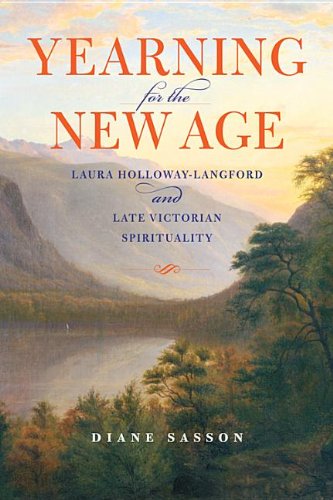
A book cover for Yearning for the New Age: Laura Holloway-Langford and Late Victorian Spirituality (Religion in North America); Sarah Diane Sasson; Christian Books & Bibles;